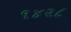
૧૪૨૮